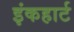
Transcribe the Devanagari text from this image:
इंकहार्ट